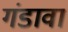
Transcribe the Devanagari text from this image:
गंडावा